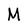
Character: M